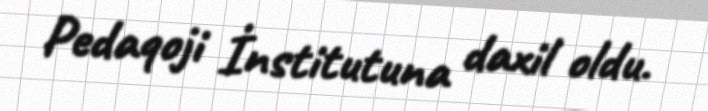
Pedaqoji İnstitutuna daxil oldu.